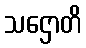
သဌောတိ